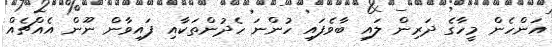
އަންހެން މީހާގެ ދަރިން ލައި ބާވެފައި ހުންނަ ހެދުންތަކާއި ފައިވާން ނޫން އެއްޗެއް